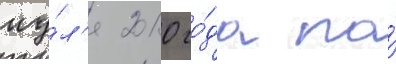
иу́л'я 2010 го́да по́